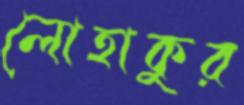
লোহাকুর